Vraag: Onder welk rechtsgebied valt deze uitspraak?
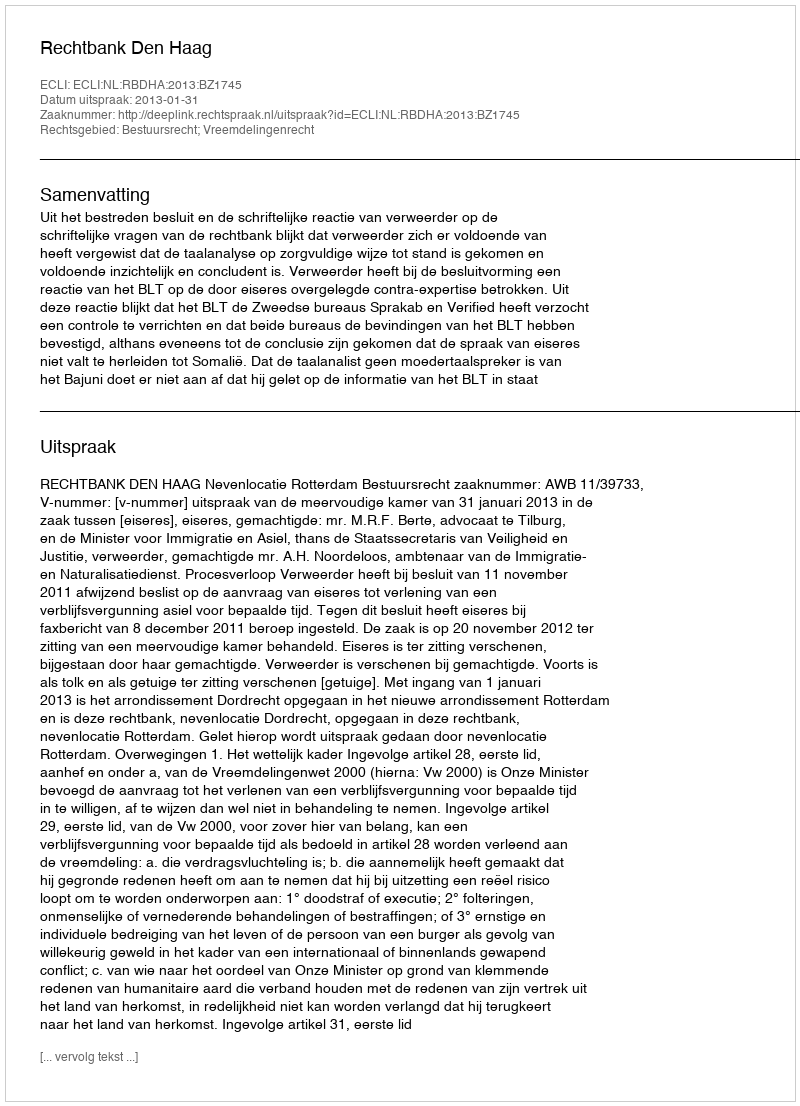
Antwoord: Bestuursrecht; Vreemdelingenrecht